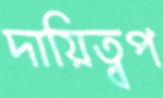
দায়িত্বপ